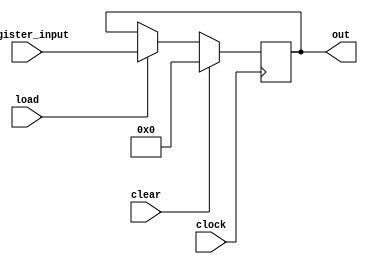
module Register_8bits(load, register_input, out,clear,clock);

input load, clock,clear;
input [7:0] register_input;
output reg[7:0] out;


always @ (posedge clock)

	if(clear == 1 )
		out <= 8'b00000000;
	else
	begin
      if(load == 1)
        out <= register_input;
      else
        out <= out;
	end
	
endmodule